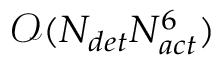
\mathcal { O } ( N _ { d e t } N _ { a c t } ^ { 6 } )